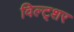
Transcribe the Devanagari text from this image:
विल्ट्शर